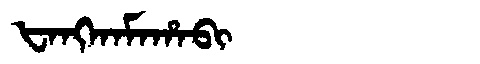
Manchu: ᡶᠠᠩᡴᠠᠮᠠᡥᠠᠪᡳ
Romanization: FANGKAMAHABI